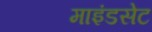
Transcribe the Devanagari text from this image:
माइंडसेट